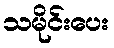
သမိုင်းပေး